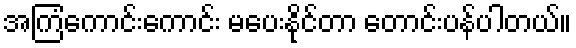
အကြံကောင်းကောင်း မပေးနိုင်တာ တောင်းပန်ပါတယ်။